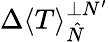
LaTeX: \Delta\left\langle T\right\rangle_{\hat{N}}^{\perp N^{\prime}}